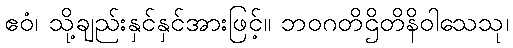
ဧဝံ၊ သို့ချည်းနှင်နှင်အားဖြင့်။ ဘဝဂတိဌိတိနိဝါသေသု၊